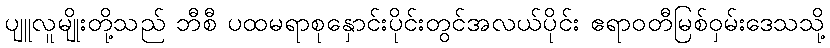
ပျူလူမျိုးတို့သည် ဘီစီ ပထမရာစုနှောင်းပိုင်းတွင်အလယ်ပိုင်း ဧရာဝတီမြစ်ဝှမ်းဒေသသို့